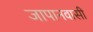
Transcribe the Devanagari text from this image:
जापानवासी